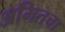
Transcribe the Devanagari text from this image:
अमितचा